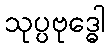
သုပ္ပဗုဒ္ဓေါ